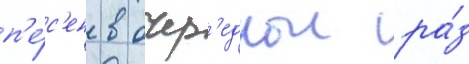
п'е́с'ен в очер'еднои ра́з